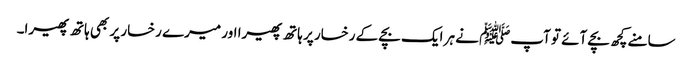
سامنے کچھ بچے آئے تو آپﷺ نے ہر ایک بچے کے رخسار پر ہاتھ پھیرا اور میرے رخسار پر بھی ہاتھ پھیرا۔